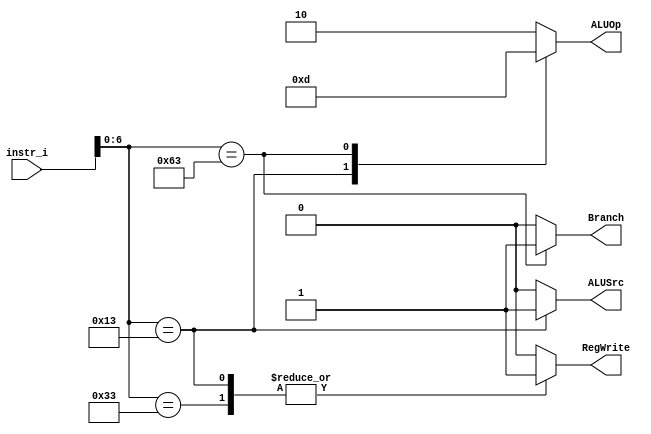
/***************************************************
Student Name: , 
Student ID: 0716229, 0716236
***************************************************/

`timescale 1ns/1ps

module Decoder(
	input  [32-1:0] instr_i,
	output 		reg	ALUSrc,
	output 		reg	RegWrite,
	output 		reg	Branch,
	output reg[2-1:0]	ALUOp
	);
	
/* Write your code HERE */
always@(*)begin
	case(instr_i[6:0])
	//R-type
	7'b0110011: begin
		ALUSrc=0;
		RegWrite=1;
		Branch=0;
		ALUOp=2'b10;
	end
	//I-type
	7'b0010011:begin
		ALUSrc=1;
		RegWrite=1;
		Branch=0;
		ALUOp=2'b11;
	end
	//B-type
	7'b1100011:begin
		ALUSrc=0;
		RegWrite=0;
		Branch=1;
		ALUOp=2'b01;
	end
	default:begin
		ALUSrc=0;
		RegWrite=0;
		Branch=0;
		ALUOp=2'b10;	
	end
	endcase
end

endmodule